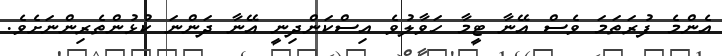
އެންމެ ފުރަތަމަ ވެސް އޭނާ ޓީމާ ހަވާލުވެ އިސްކަންދިނީ އޭނާ ދަންނަ ކުޅުންތެރިންނަށެވެ.